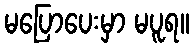
မပြောပေးမှာ မပူရ။